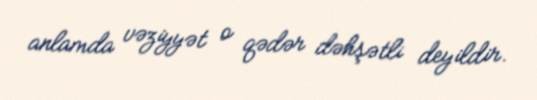
anlamda vəziyyət o qədər dəhşətli deyildir.